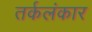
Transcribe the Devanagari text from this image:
तर्कलंकार